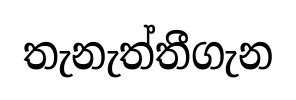
තැනැත්තීගැන